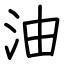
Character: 油